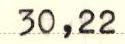
30,22